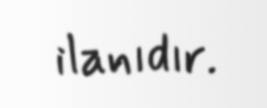
ilanıdır.